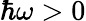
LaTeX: \hbar\omega>0